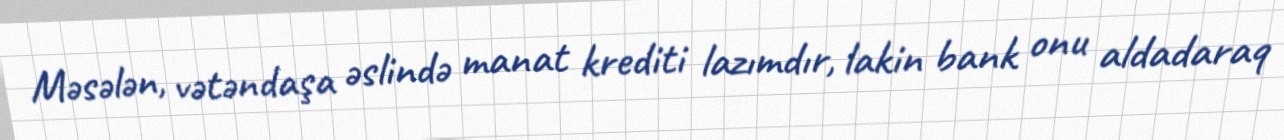
Məsələn, vətəndaşa əslində manat krediti lazımdır, lakin bank onu aldadaraq